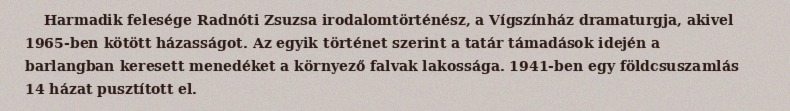
Harmadik felesége Radnóti Zsuzsa irodalomtörténész, a Vígszínház dramaturgja, akivel 1965-ben kötött házasságot. Az egyik történet szerint a tatár támadások idején a barlangban keresett menedéket a környező falvak lakossága. 1941-ben egy földcsuszamlás 14 házat pusztított el.